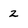
Character: 2